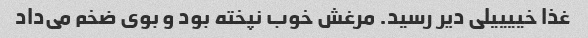
غذا خییییلی دیر رسید. مرغش خوب نپخته بود و بوی ضخم می‌داد